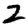
Digit: 2